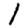
Digit: 1